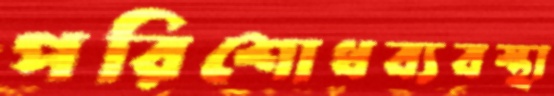
পরিশোধব্যবস্থা